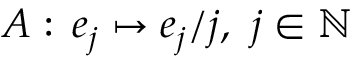
A : \, e _ { j } \mapsto e _ { j } / j , ~ j \in \mathbb { N }